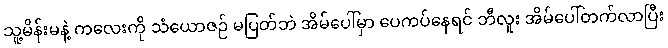
သူ့မိန်းမနဲ့ ကလေးကို သံယောဇဉ် မပြတ်ဘဲ အိမ်ပေါ်မှာ ပေကပ်နေရင် ဘီလူး အိမ်ပေါ်တက်လာပြီး